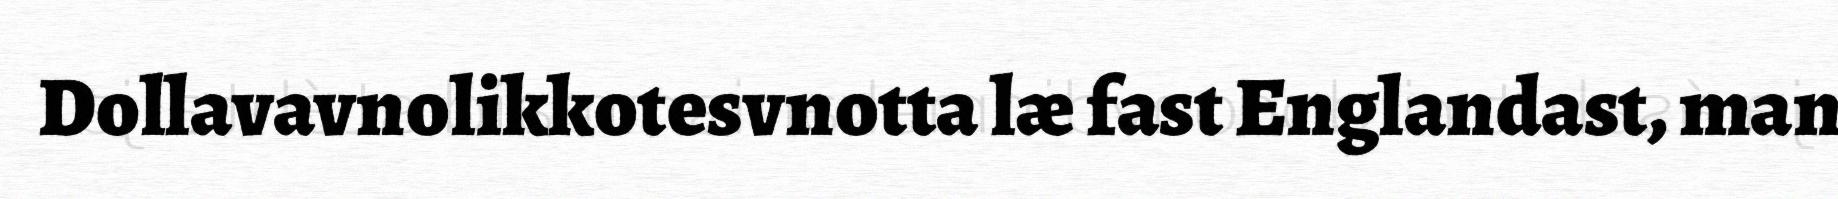
Dollavavnolikkotesvnotta læ fast Englandast, man